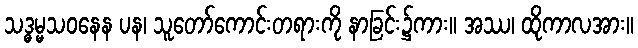
သဒ္ဓမ္မသဝနေန ပန၊ သူတော်ကောင်းတရားကို နာခြင်း၌ကား။ အဿ၊ ထိုကာလအား။